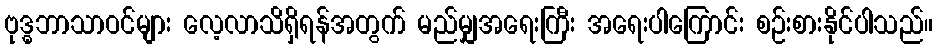
ဗုဒ္ဓဘာသာဝင်များ လေ့လာသိရှိရန်အတွက် မည်မျှအရေးကြီး အရေးပါကြောင်း စဉ်းစားနိုင်ပါသည်။